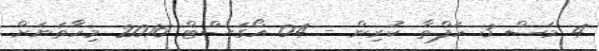
4 މަސް 3 ހަފްތާ ކުރިން - 04 އޯގަސްޓް 2016 މިހާތަނަށް